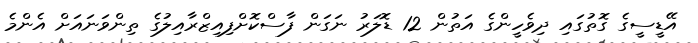
އޭޑީސީގެ ގޮތުގައި ދިވެހީންގެ އަތުން 12 ޑޮލަރު ނަގަން ފާސްކޮށްފިއިޒްރާއިލުގެ ތިންވަނައަށް އެންމެ